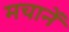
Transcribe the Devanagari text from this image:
मचानें